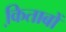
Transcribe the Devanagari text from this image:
कि़ताबों